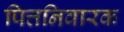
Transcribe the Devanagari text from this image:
पित्तनिवारक